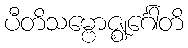
ပီတိသမ္ဗောဇ္ဈင်္ဂေါတိ